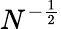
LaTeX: N^{-\frac{1}{2}}